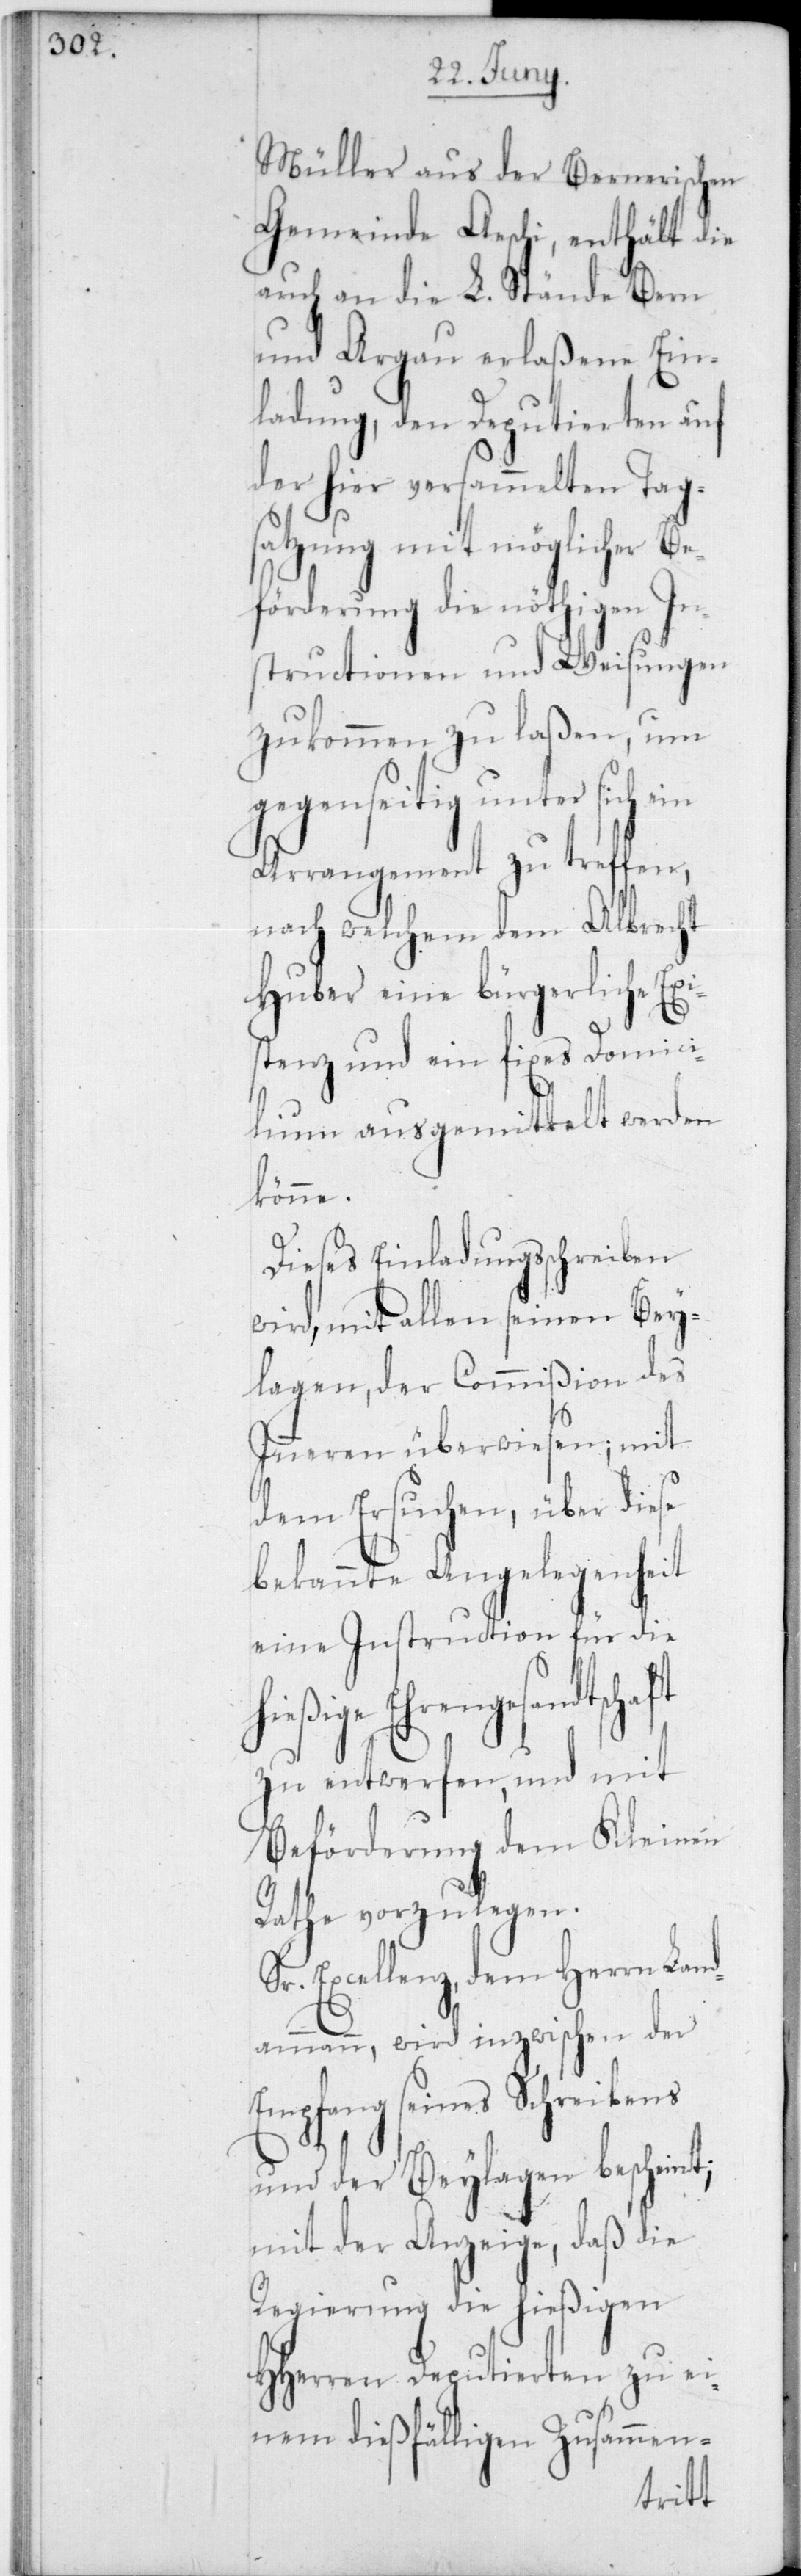
Müller aus der Bernerischen
Gemeinde Aeschi, enthält die
auch an die L. Stände Bern
und Argau erlaßene Ein¬
ladung, den Deputierten auf
der hier versammelten Tag¬
satzung mit möglicher Be¬
förderung die nöthigen In¬
structionen und Weisungen
zukommen zu laßen, um
gegenseitig unter sich ein
Arrangement zu treffen,
nach welchem dem Albrecht
Huber eine bürgerliche Exi¬
stenz und ein fixes Domici¬
lium ausgemittelt werden
könne.
Dieses Einladungsschreiben
wird, mit allen seinen Bey¬
lagen, der Commißion des
Inneren überwiesen; mit
dem Ersuchen, über diese
bekannte Angelegenheit
eine Instruction für die
Ehrengesandtschaft
zu entwerfen, und mit
Beförderung dem Kleinen
Rathe vorzulegen.
Sr. Excellenz, dem Herrn Land¬
ammann, wird inzwischen der
Empfang seines Schreibens
und der Beylagen bescheint;
mit der Anzeige, daß die
Regierung die hießigen
HHerren Deputierten zu ei¬
nem dießfälligen Zusammen-